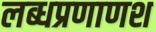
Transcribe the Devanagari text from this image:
लब्धप्रणाणश